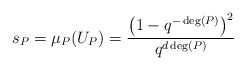
\begin{align*} s_P = \mu_P(U_P) = \frac{\left(1-q^{-\deg(P)}\right)^2}{q^{d \deg(P)}} \end{align*}